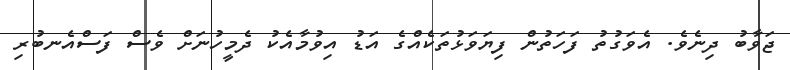
ޖަވާބު ދިނެވެ. އެވަގުތު ފަހަތުން ފިޔަވަޅުތަކެއްގެ އަޑު އިވުމާއެކު ދެމީހުނަށް ވެސް ފަސްއެނބުރި